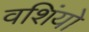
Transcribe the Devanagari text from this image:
वशिंयो